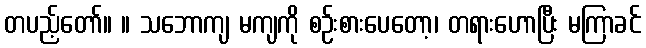
တပည့်တော်။ ။ သဘောကျ မကျကို စဉ်းစားပေတော့၊ တရားဟောပြီး မကြာခင်